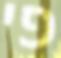
פי